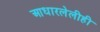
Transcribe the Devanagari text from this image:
आधारलेलीही